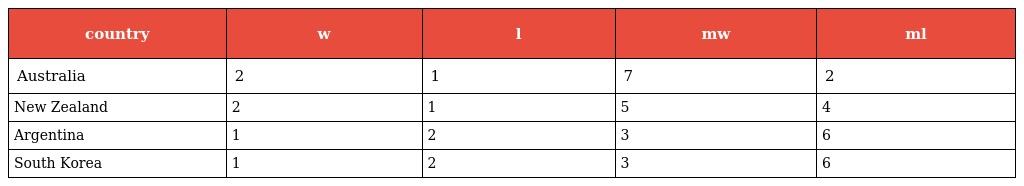
| country | w | l | mw | ml |
 | --- | --- | --- | --- | --- |
 | Australia | 2 | 1 | 7 | 2 |
 | New Zealand | 2 | 1 | 5 | 4 |
 | Argentina | 1 | 2 | 3 | 6 |
 | South Korea | 1 | 2 | 3 | 6 |